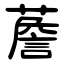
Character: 薝